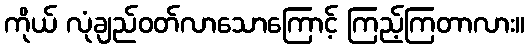
ကိုယ် လုံချည်ဝတ်လာသောကြောင့် ကြည့်ကြတာလား။